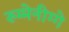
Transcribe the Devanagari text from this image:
रुम्मेनीग्गे